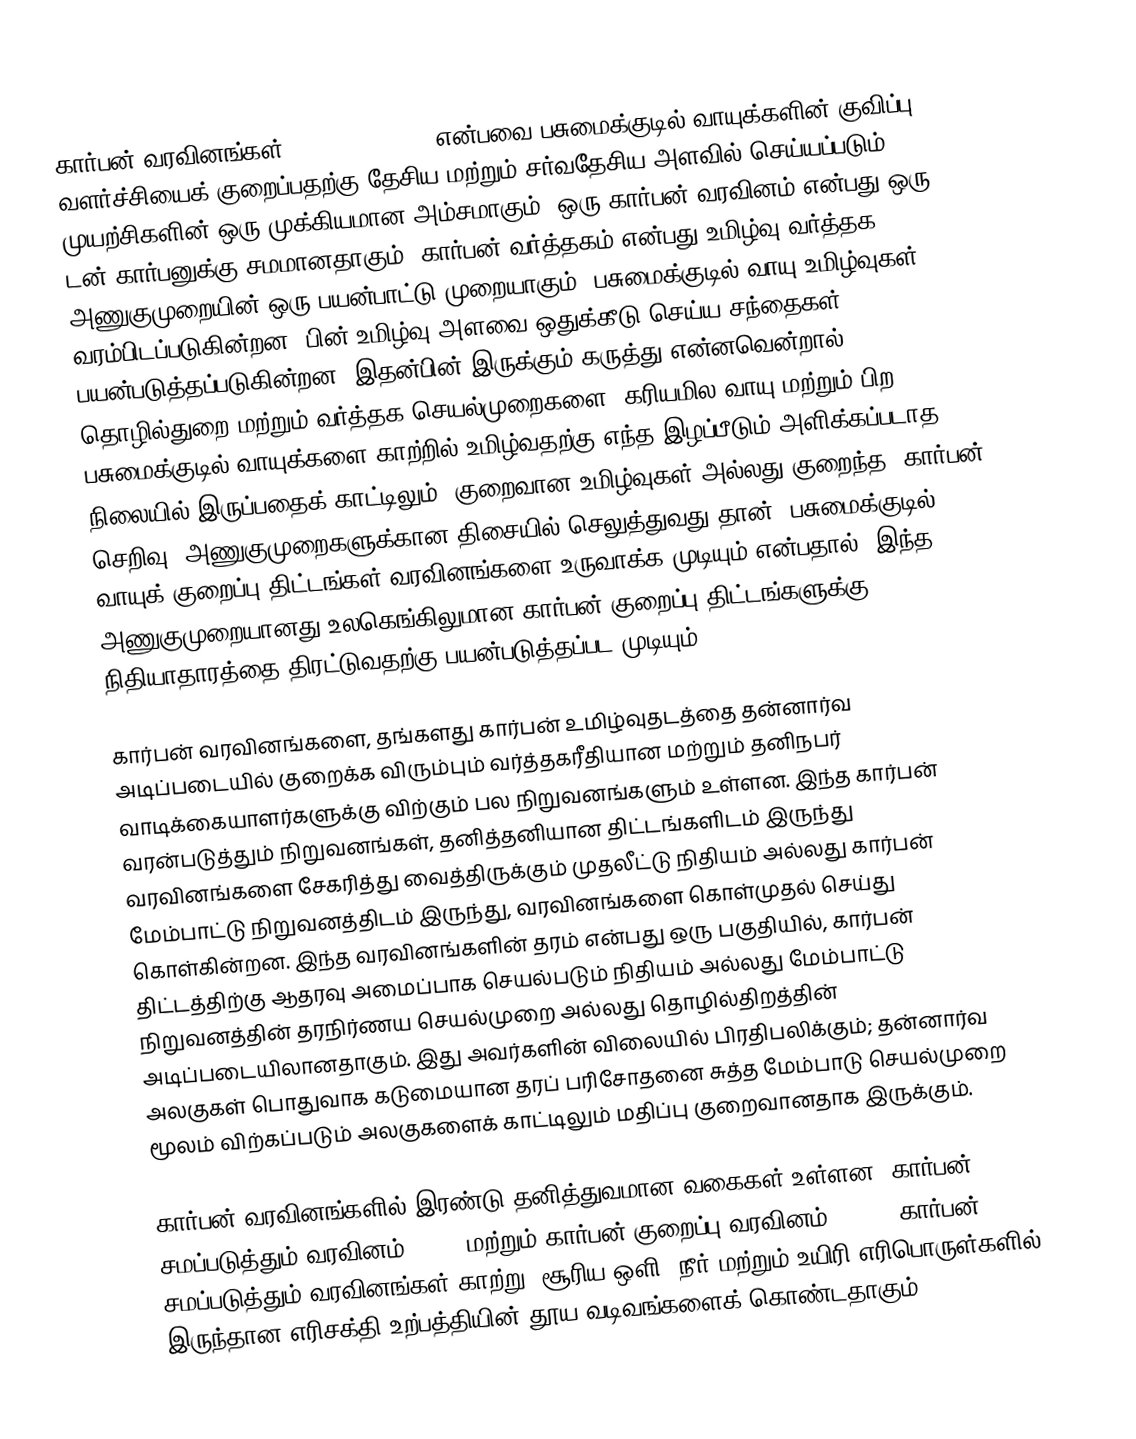
கார்பன் வரவினங்கள் (Carbon Credit) என்பவை பசுமைக்குடில் வாயுக்களின் குவிப்பு வளர்ச்சியைக் குறைப்பதற்கு தேசிய மற்றும் சர்வதேசிய அளவில் செய்யப்படும் முயற்சிகளின் ஒரு முக்கியமான அம்சமாகும். ஒரு கார்பன் வரவினம் என்பது ஒரு டன் கார்பனுக்கு சமமானதாகும். கார்பன் வர்த்தகம் என்பது உமிழ்வு வர்த்தக அணுகுமுறையின் ஒரு பயன்பாட்டு முறையாகும். பசுமைக்குடில் வாயு உமிழ்வுகள் வரம்பிடப்படுகின்றன. பின் உமிழ்வு அளவை ஒதுக்கீடு செய்ய சந்தைகள் பயன்படுத்தப்படுகின்றன. இதன்பின் இருக்கும் கருத்து என்னவென்றால், தொழில்துறை மற்றும் வர்த்தக செயல்முறைகளை, கரியமில வாயு மற்றும் பிற பசுமைக்குடில் வாயுக்களை காற்றில் உமிழ்வதற்கு எந்த இழப்பீடும் அளிக்கப்படாத நிலையில் இருப்பதைக் காட்டிலும், குறைவான உமிழ்வுகள் அல்லது குறைந்த "கார்பன் செறிவு" அணுகுமுறைகளுக்கான திசையில் செலுத்துவது தான். பசுமைக்குடில் வாயுக் குறைப்பு திட்டங்கள் வரவினங்களை உருவாக்க முடியும் என்பதால், இந்த அணுகுமுறையானது உலகெங்கிலுமான கார்பன் குறைப்பு திட்டங்களுக்கு நிதியாதாரத்தை திரட்டுவதற்கு பயன்படுத்தப்பட முடியும்.

கார்பன் வரவினங்களை, தங்களது கார்பன் உமிழ்வுதடத்தை தன்னார்வ அடிப்படையில் குறைக்க விரும்பும் வர்த்தகரீதியான மற்றும் தனிநபர் வாடிக்கையாளர்களுக்கு விற்கும் பல நிறுவனங்களும் உள்ளன. இந்த கார்பன் வரன்படுத்தும் நிறுவனங்கள், தனித்தனியான திட்டங்களிடம் இருந்து வரவினங்களை சேகரித்து வைத்திருக்கும் முதலீட்டு நிதியம் அல்லது கார்பன் மேம்பாட்டு நிறுவனத்திடம் இருந்து, வரவினங்களை கொள்முதல் செய்து கொள்கின்றன. இந்த வரவினங்களின் தரம் என்பது ஒரு பகுதியில், கார்பன் திட்டத்திற்கு ஆதரவு அமைப்பாக  செயல்படும் நிதியம் அல்லது மேம்பாட்டு நிறுவனத்தின் தரநிர்ணய செயல்முறை அல்லது தொழில்திறத்தின் அடிப்படையிலானதாகும். இது அவர்களின் விலையில் பிரதிபலிக்கும்; தன்னார்வ அலகுகள் பொதுவாக கடுமையான தரப் பரிசோதனை சுத்த மேம்பாடு செயல்முறை மூலம் விற்கப்படும் அலகுகளைக் காட்டிலும் மதிப்பு குறைவானதாக இருக்கும்.

கார்பன் வரவினங்களில் இரண்டு தனித்துவமான வகைகள் உள்ளன: கார்பன் சமப்படுத்தும் வரவினம் (COC) மற்றும் கார்பன் குறைப்பு வரவினம் (CRC). கார்பன் சமப்படுத்தும் வரவினங்கள் காற்று, சூரிய ஒளி, நீர் மற்றும் உயிரி எரிபொருள்களில் இருந்தான எரிசக்தி உற்பத்தியின் தூய வடிவங்களைக் கொண்டதாகும்